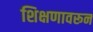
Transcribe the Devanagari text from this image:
शिक्षणावरून